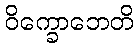
ဝိက္ခောဘေတိ